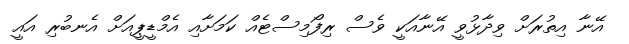
އޭނާ އިތުރަށް ވިދާޅުވީ އޭނާއަކީ ވެސް ރިފޯމިސްޓެއް ކަމަށާއި އެމްޑީޕީއަށް އެނބުރި އައީ